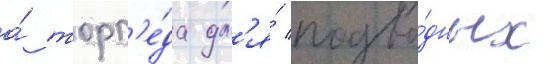
а́ торп'е́да дл'я́ подво́дных